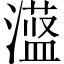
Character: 𪷞